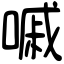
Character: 嘁